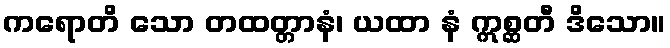
ကရောတိ သော တထတ္တာနံ၊ ယထာ နံ ဣစ္ဆတီ ဒိသော။